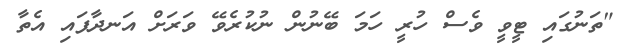
"ތަނުގައި ޓީވީ ވެސް ހުރީ ހަމަ ބޭނުން ނުކުރެވޭ ވަރަށް އަނދާފައި އެތާ